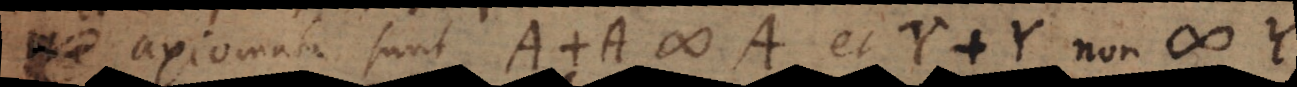
axiomata sunt A + A # A et Y + Y non # Y.